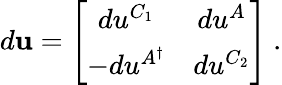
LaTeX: d\mathbf{u}=\left[\begin{array}{cc}{{du^{C_{1}}}}&{{du^{A}}}\\ {{-du^{A^{\dagger}}}}&{{du^{C_{2}}}}\end{array}\right]\ .